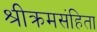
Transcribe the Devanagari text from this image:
श्रीक्रमसंहिता